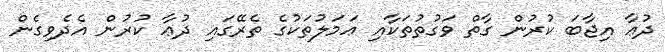
ދުޢާ އިޖާބަ ކުރުން ގާތް ވަގުތުތަކާއި ޢަމަލުތަކުގެ ތެރޭގައި ދުޢާ ކުރުން އެދެވިގެން